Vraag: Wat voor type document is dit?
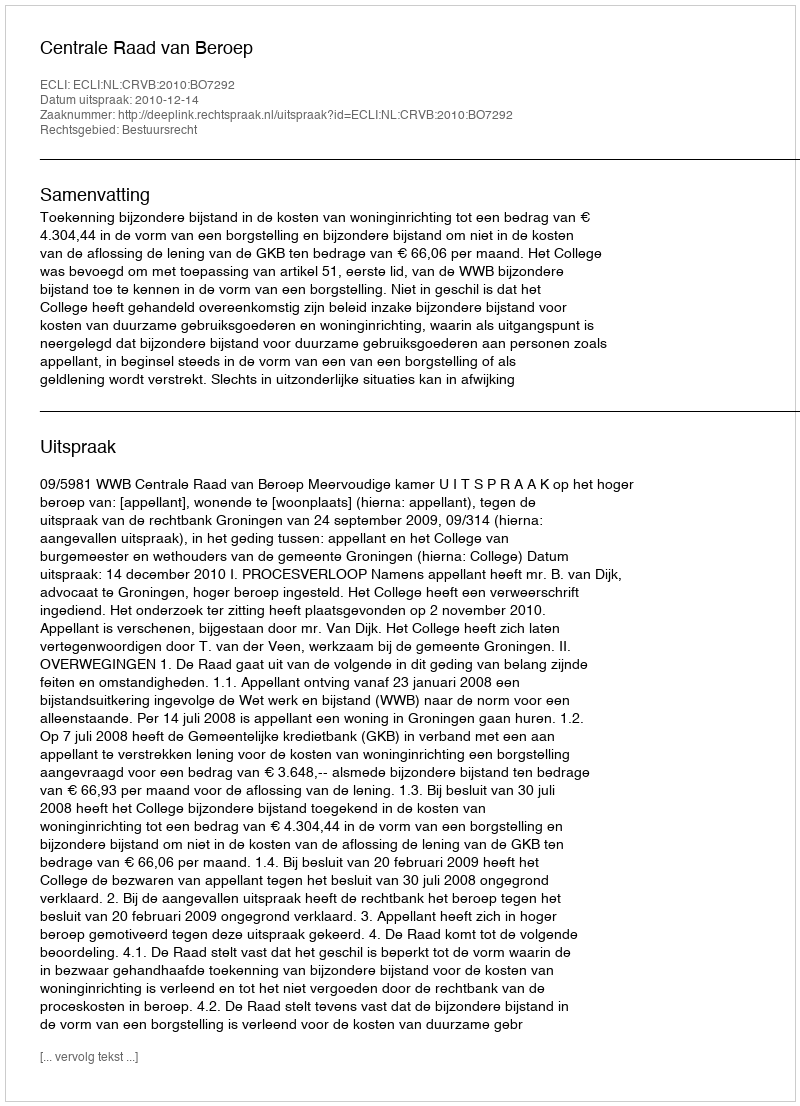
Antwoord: Uitspraak